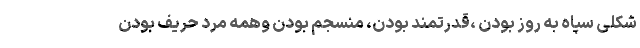
شکلی سپاه به روز بودن ،قدرتمند بودن، منسجم بودن وهمه مرد حریف بودن